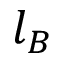
l _ { B }